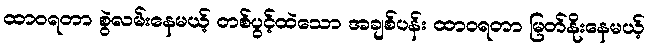
ထာဝရတာ စွဲလမ်းနေမယ့် တစ်ပွင့်ထဲသော အချစ်ပန်း ထာဝရတာ မြတ်နိုးနေမယ့်